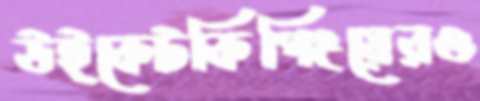
উইকেটকিপিংয়েরও